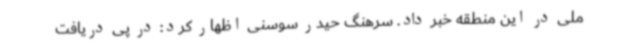
ملی در این منطقه خبر داد. سرهنگ حیدر سوسنی اظهار کرد: در پی دریافت